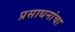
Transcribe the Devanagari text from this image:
प्रसाधनांचा